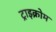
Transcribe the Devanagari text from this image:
ट्राइक्रोम